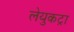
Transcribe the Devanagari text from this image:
लेयुकट्रा